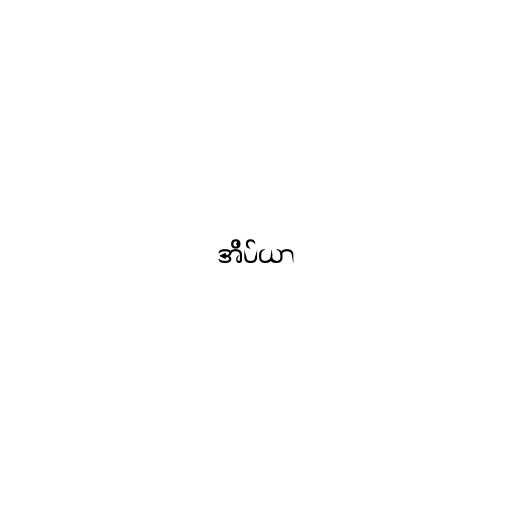
အိပ်ယာ